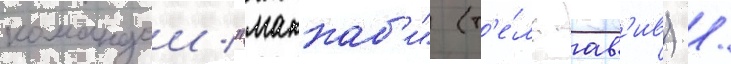
командои "маккаб'и" (т'е́ль-ав'ив) /